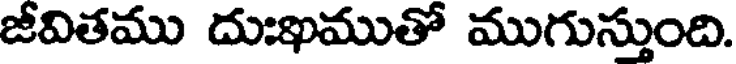
జీవితము దుఃఖముతో ముగుస్తుంది.